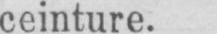
ceinture.